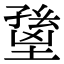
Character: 𡏸